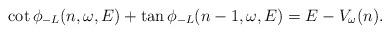
LaTeX: \begin{align*} \cot\phi_{-L}(n,\omega, E)+\tan \phi_{-L}(n-1, \omega, E)=E-V_\omega(n).\end{align*}